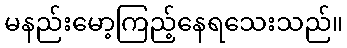
မနည်းမော့ကြည့်နေရသေးသည်။